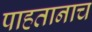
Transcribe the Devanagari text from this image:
पाहतानाच